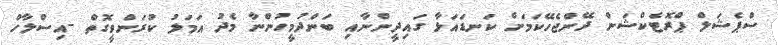
ސްޕެޝަލް ޕްރޮޓެކްޝަން ދޭންޖެހޭކަމަށް ކަނޑައަޅާ ގައިދީންނާއި ބަންދުމީހުންނާ މެދު އަމަލު ކުރަންވީގޮތް -އިސްލާހް